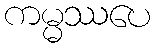
ကမ္မဿပေ